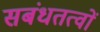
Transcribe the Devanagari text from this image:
सबंधतत्वों